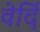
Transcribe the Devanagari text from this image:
वेर्दि